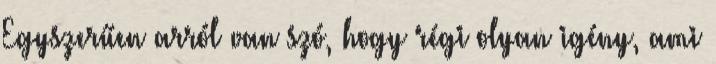
Egyszerűen arról van szó, hogy régi olyan igény, ami